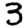
Digit: 3